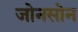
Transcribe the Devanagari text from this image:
जोनसोन